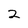
Character: 2